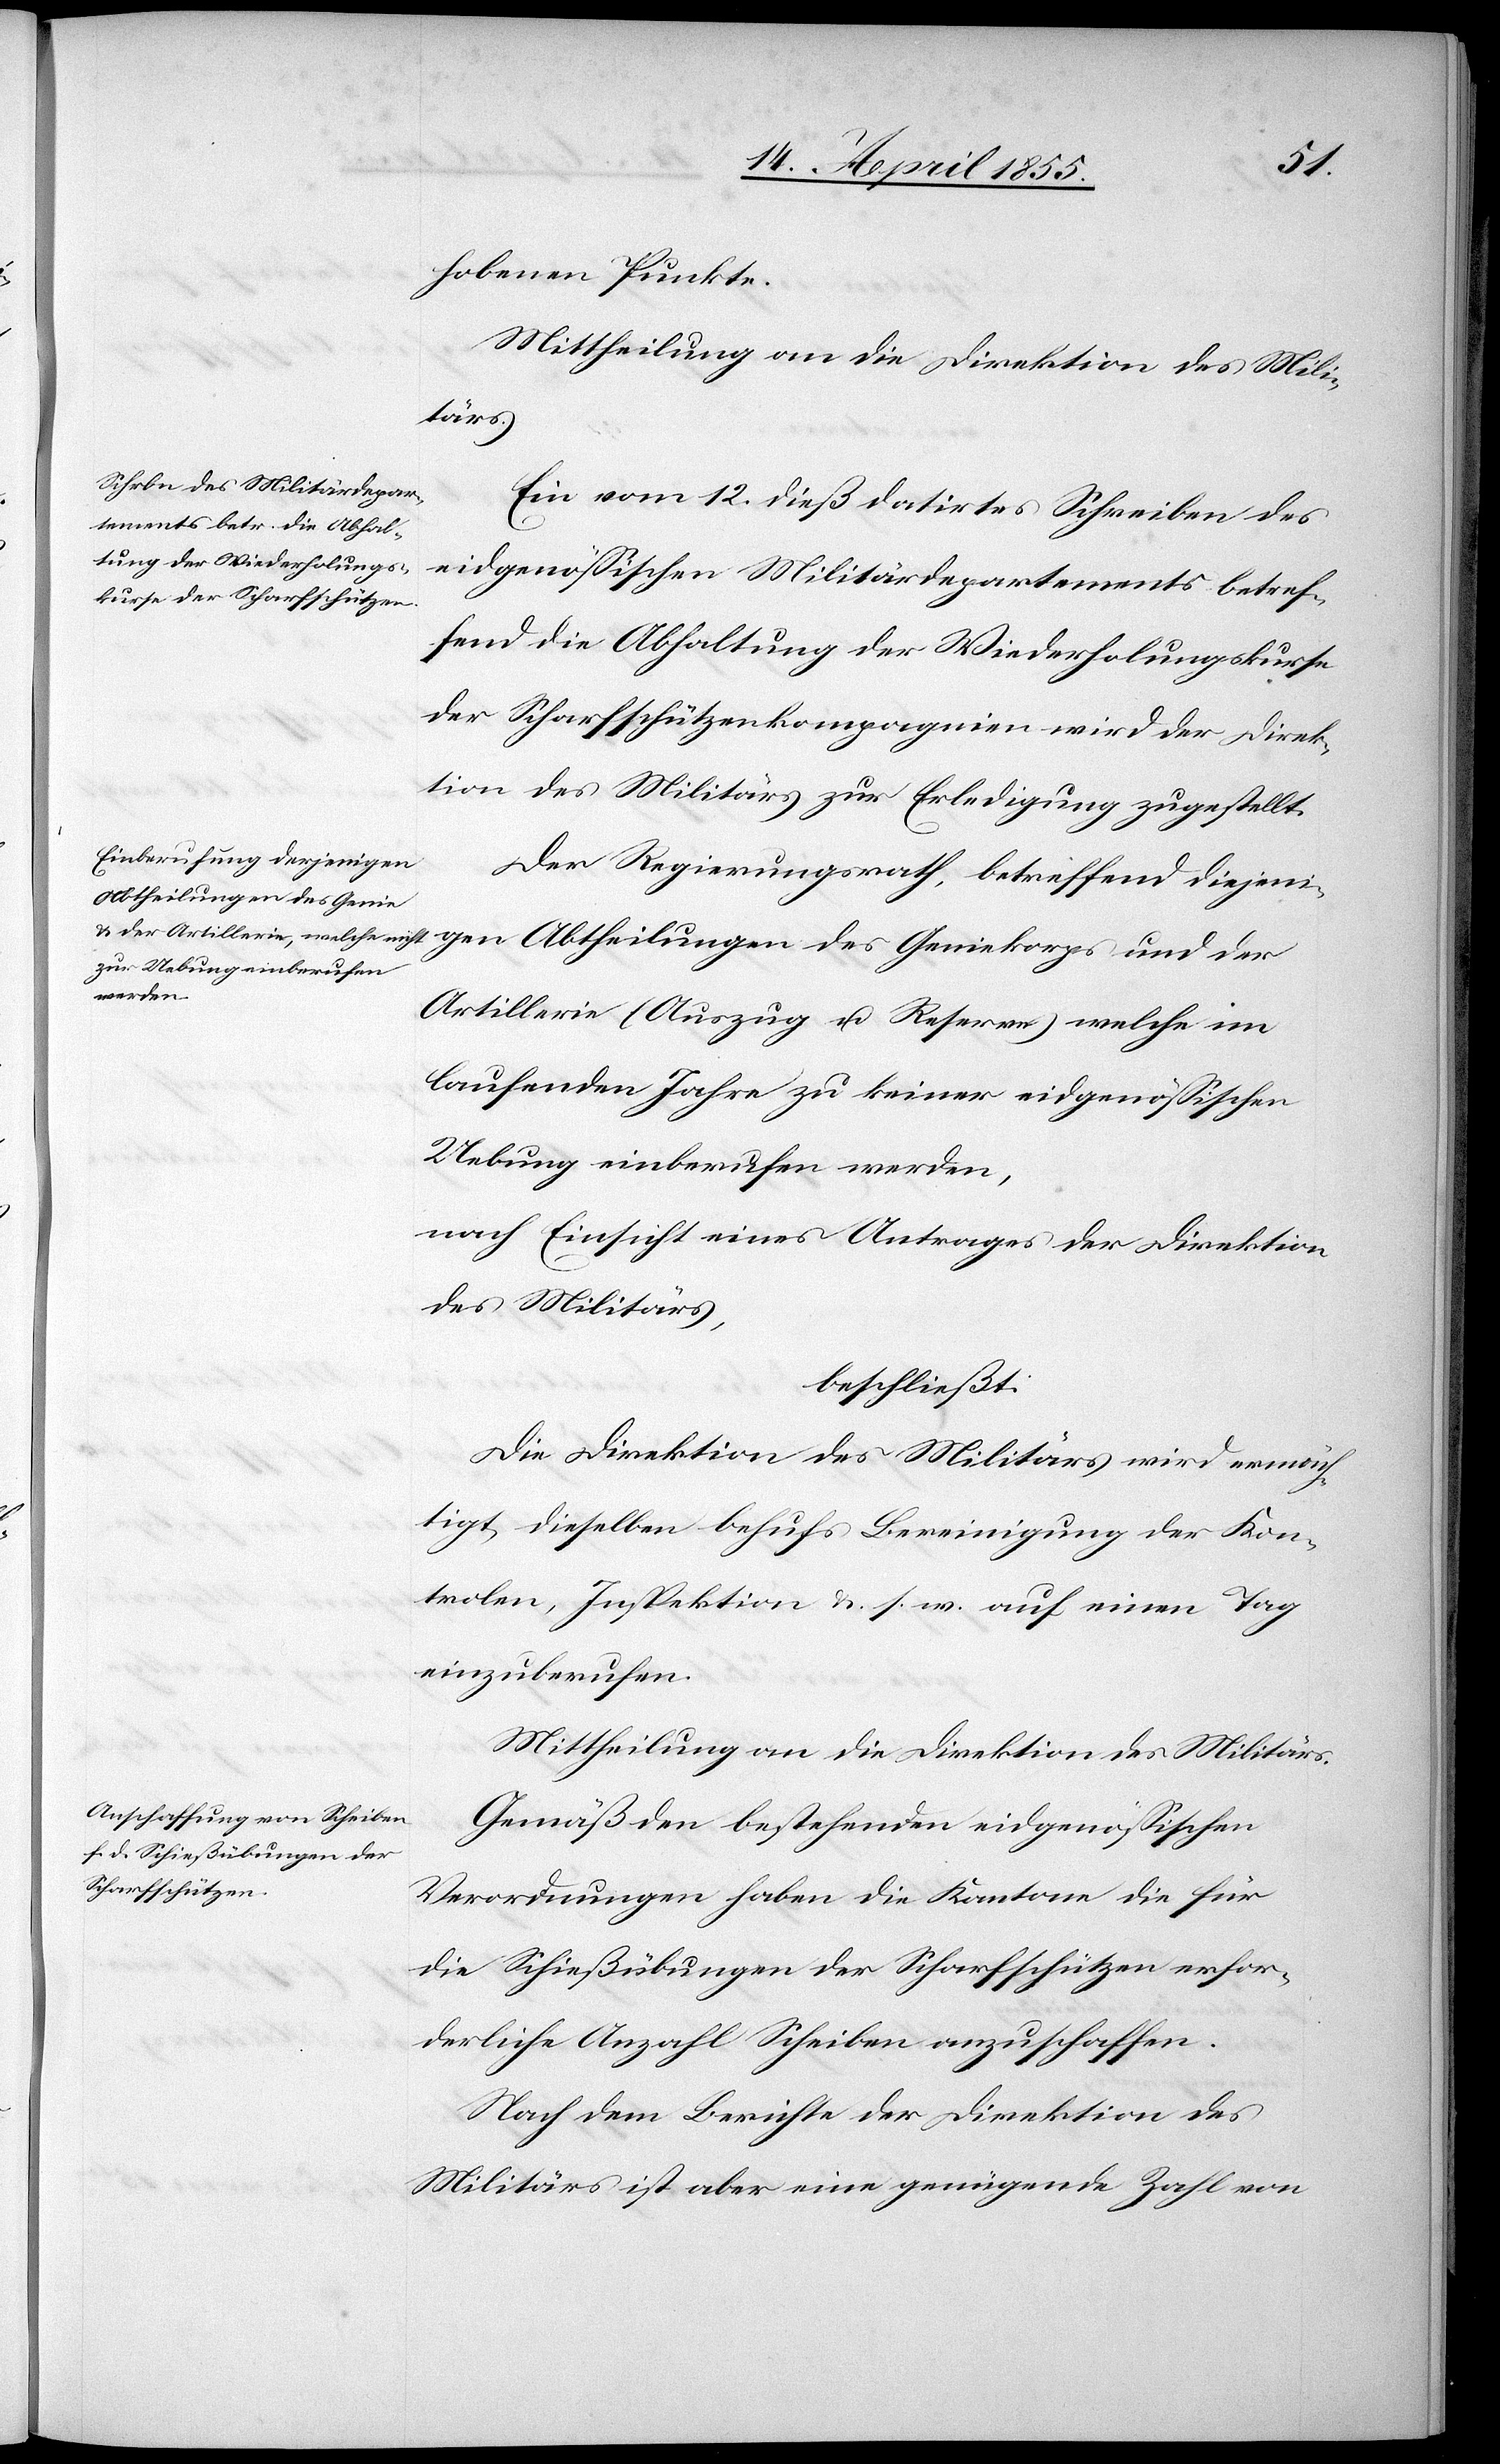
hobenen Punkte.
Mittheilung an die Direktion des Mili¬
korps
Ein vom 12. dieß datirtes Schreiben des
eidgenössischen Militärdepartements betref¬
fend die Abhaltung der Wiederholungskurse
der Scharfschützenkompagnien wird der Direk¬
tion des Militärs zur Erledigung zugestellt.
Der Regierungsrath, betreffend diejenigen
Abtheilungen des Genie¬
Artillerie (Auszug u. Reserve) welche im
laufenden Jahre zu keiner eidgenössischen
Uebung einberufen werden,
nach Einsicht eines Antrages der Direktion
des Militärs,
beschließt:
Die Direktion des Militärs wird ermäch¬
tigt, dieselben behufs Bereinigung der Kon¬
trolen, Inspektion &. s. w. auf einen Tag
einzuberufen.
Mittheilung an die Direktion des Militärs.
Gemäß den bestehenden eidgenössischen
Verordnungen haben die Kantone die für
die Schießübungen der Scharfschützen erfor¬
derliche Anzahl Scheiben anzuschaffen.
Nach dem Berichte der Direktion des
Militärs ist aber eine genügende Zahl von